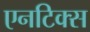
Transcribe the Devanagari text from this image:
एनटिक्स